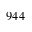
9 4 4